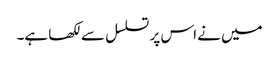
میں نے اس پر تسلسل سے لکھا ہے۔